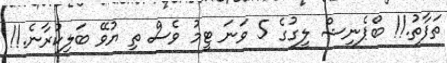
ތަފާތު.!! ބްޕެނިޝް ލީގުގެ 5 ވަނަ ޓީމު ވެސް ތި ޔުވޭ ބަލިކުރާނެ.!!